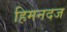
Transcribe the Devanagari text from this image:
हिमनदज